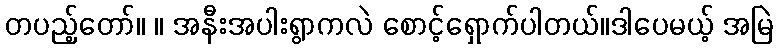
တပည့်တော်။ ။ အနီးအပါးရွာကလဲ စောင့်ရှောက်ပါတယ်။ဒါပေမယ့် အမြဲ